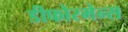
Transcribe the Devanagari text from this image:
डीफोरमेन्स